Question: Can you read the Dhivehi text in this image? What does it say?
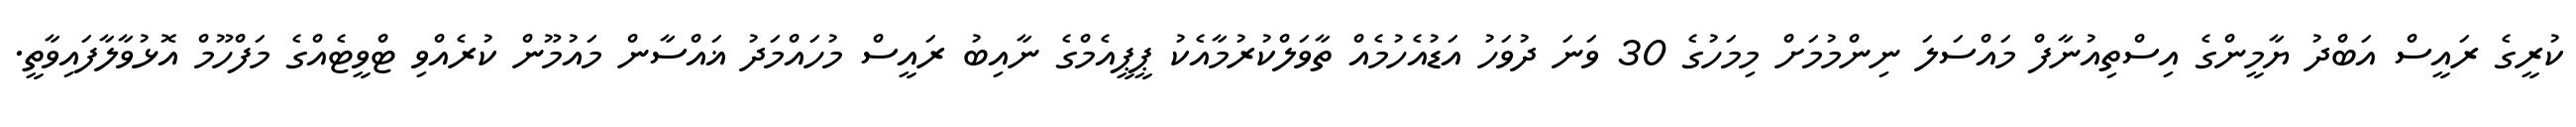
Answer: ކުރީގެ ރައީސް އަބްދު ޔާމީންގެ އިސްތިއުނާފް މައްސަލަ ނިންމުމަށް މިމަހުގެ 30 ވަނަ ދުވަހު އަޑުއެހުމެއް ތާވަލްކުރުމާއެކު ޕީޕީއެމްގެ ނާއިބު ރައީސް މުހައްމަދު ޣައްސާން މައުމޫން ކުރެއްވި ޓްވީޓެއްގެ މަފްހޫމް އޮޅުވާލާފައިވާތީ.